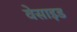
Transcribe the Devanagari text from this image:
वेसाइड